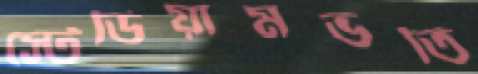
স্টেডিয়ামভর্তি